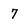
Character: 7